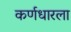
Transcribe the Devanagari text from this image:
कर्णधारला